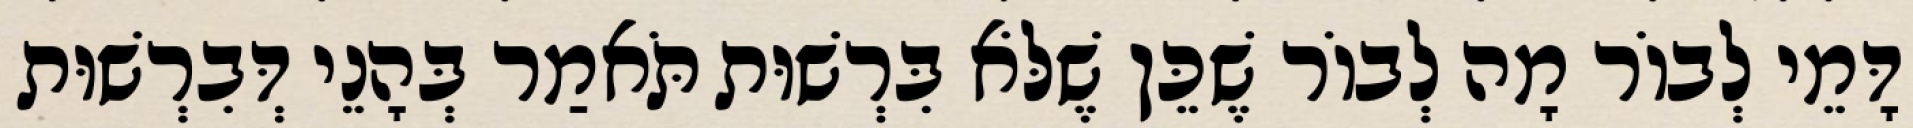
דָּמֵי לְבוֹר מָה לְבוֹר שֶׁכֵּן שֶׁלֹּא בִּרְשׁוּת תֹּאמַר בְּהָנֵי דְּבִרְשׁוּת